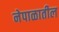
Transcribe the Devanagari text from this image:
नेपाळातील